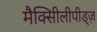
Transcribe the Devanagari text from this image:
मैक्सीिलीपीड्ज़